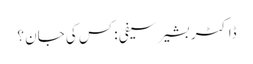
ڈاکٹر بشیر سیفی :کس کی جان ؟